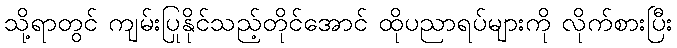
သို့ရာတွင် ကျမ်းပြုနိုင်သည့်တိုင်အောင် ထိုပညာရပ်များကို လိုက်စားပြီး